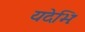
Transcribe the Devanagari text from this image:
यदेभिः